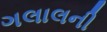
ગલાલની